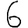
Digit: 6